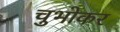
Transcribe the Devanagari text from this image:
चुभोकर